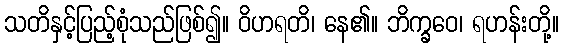
သတိနှင့်ပြည့်စုံသည်ဖြစ်၍။ ဝိဟရတိ၊ နေ၏။ ဘိက္ခဝေ၊ ရဟန်းတို့။